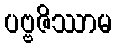
ပဗ္ဗဇိဿာမ